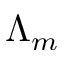
\Lambda _ { m }